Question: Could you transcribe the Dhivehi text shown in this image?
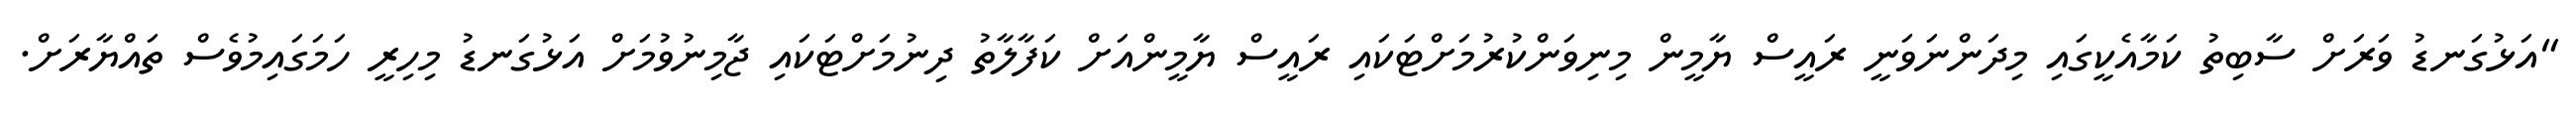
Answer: "އަޅުގަނޑު ވަރަށް ސާބިތު ކަމާއެކީގައި މިދަންނަވަނީ ރައީސް ޔާމީން މިނިވަންކުރުމަށްޓަކައި ރައީސް ޔާމީންއަށް ކަފާލާތު ދިނުމަށްޓަކައި ޖާމިނުވުމަށް އަޅުގަނޑު މިހިރީ ހަމަގައިމުވެސް ތައްޔާރަށް.